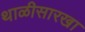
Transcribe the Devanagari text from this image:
थाळीसारखा